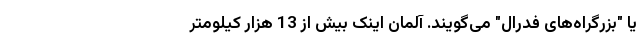
یا "بزرگراه‌های فدرال" می‌گویند. آلمان اینک بیش از 13 هزار کیلومتر